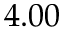
4 . 0 0